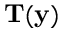
\mathbf { T } ( \mathbf { y } )